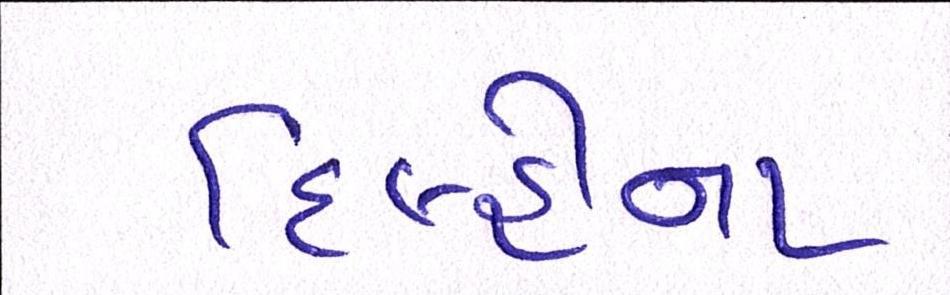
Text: દિલ્હીના